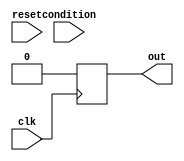
module Loop_with_Conditional_Statements (
    input wire clk,
    input wire reset,
    input wire condition,
    output reg out
);

reg [7:0] counter;

always @(posedge clk) begin
    if (reset) begin
        counter <= 0;
        out <= 0;
    end else begin
        if (condition) begin
            for (counter = 0; counter < 10; counter = counter + 1) begin
                // Perform repetitive task here
                if (counter == 5) begin
                    out <= 1;
                end else begin
                    out <= 0;
                end
            end
        end else begin
            for (counter = 0; counter < 5; counter = counter + 1) begin
                // Perform repetitive task here
                if (counter == 2) begin
                    out <= 1;
                end else begin
                    out <= 0;
                end
            end
        end
    end
end

endmodule